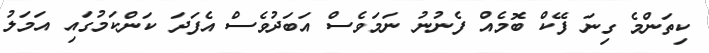
ކިތަންމެ ގިނަ ފޭކް ބޮމެއް ފެނުނު ނަމަވެސް އަބަދުވެސް އެފަދަ ކަންކަމުގައި އަމަލު